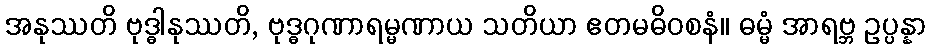
အနုဿတိ ဗုဒ္ဓါနုဿတိ, ဗုဒ္ဓဂုဏာရမ္မဏာယ သတိယာ ဧတမဓိဝစနံ။ ဓမ္မံ အာရဗ္ဘ ဥပ္ပန္နာ